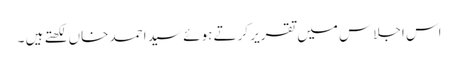
اس اجلاس میں تقریر کرتے ہوئے سید احمد خاں لکھتے ہیں ۔